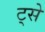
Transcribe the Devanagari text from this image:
ट्से